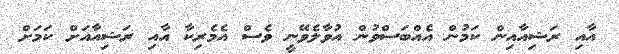
އާއި ރަޝިއާއިން ކަމުން އެއްބަސްވުން އުވާލެވޭނީ ވެސް އެމެރިކާ އާއި ރަޝިއާއަށް ކަމަށް